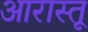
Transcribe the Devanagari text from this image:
आरास्तू